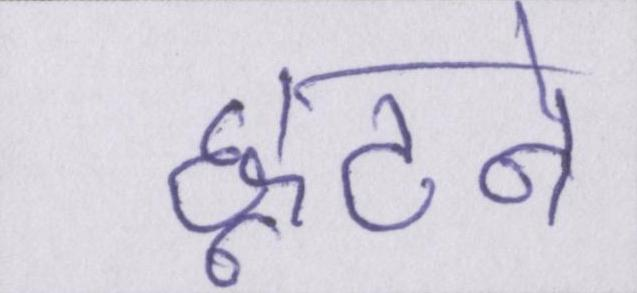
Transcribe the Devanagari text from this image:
छूटने